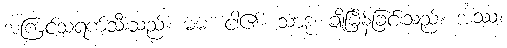
အကြင်သရက်သီးသည်။ မမ၊ ငါ၏။ သာဒု၊ ချိုမြိန်ခြင်းသည်။ အဿ၊